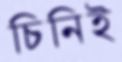
চিনিই